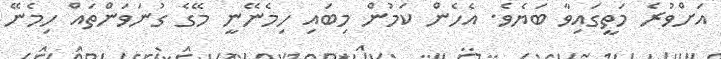
އަށްވުރެ މަތީގައިވާ ބަޔެވެ. އެހެން ކަމުން މިބައި ހިމެނޭނީ މޭގެ ގުނަވަންތައް ހިމެނޭ